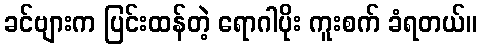
ခင်ဗျားက ပြင်းထန်တဲ့ ရောဂါပိုး ကူးစက် ခံရတယ်။